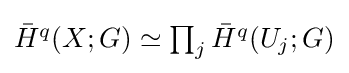
{\textstyle {\bar {H}}^{q}(X;G)\simeq \prod _{j}{\bar {H}}^{q}(U_{j};G)}